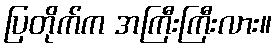
ပြတိုက်က အကြီးကြီးလား။